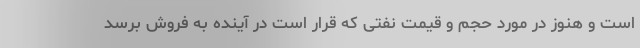
است و هنوز در مورد حجم و قیمت نفتی که قرار است در آینده به فروش برسد